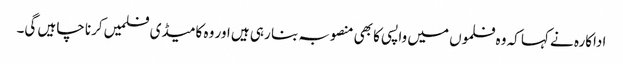
اداکارہ نے کہا کہ وہ فلموں میں واپسی کا بھی منصوبہ بنا رہی ہیں اور وہ کامیڈی فلمیں کرنا چاہیں گی۔